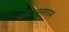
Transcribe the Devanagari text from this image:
कोंगलनगरम